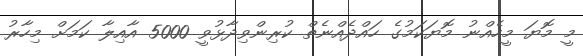
މީ މޮޔަ މީހެއްނު މޮޔަކަމުގެ ހައްދެއްނެތް ކުރިންވިދާޅުވީ 5000 އާއިލާ ކަމަށް މިހާރު